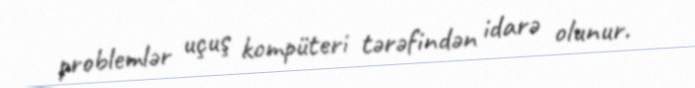
problemlər uçuş kompüteri tərəfindən idarə olunur.